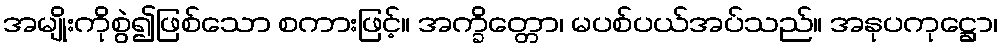
အမျိုးကိုစွဲ၍ဖြစ်သော စကားဖြင့်။ အက္ခိတ္တော၊ မပစ်ပယ်အပ်သည်။ အနုပကုဋ္ဌော၊